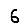
Digit: 6